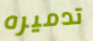
تدميره